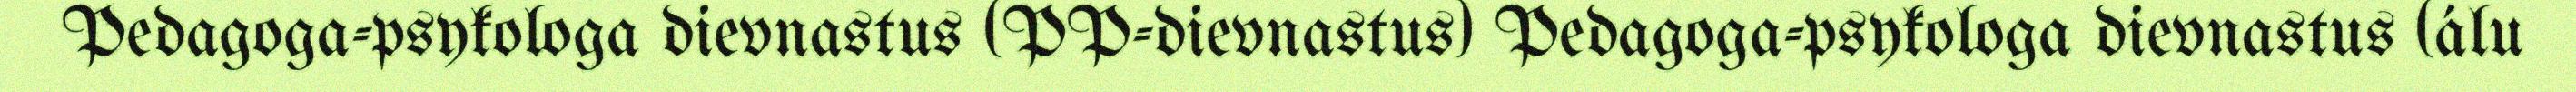
Pedagoga-psykologa dievnastus (PP-dievnastus) Pedagoga-psykologa dievnastus (álu